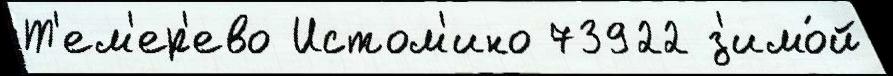
Т'ем'ер'ево Истом'ино 73922 з'имо́й